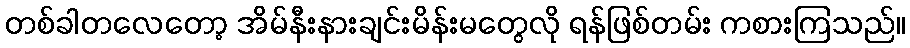
တစ်ခါတလေတော့ အိမ်နီးနားချင်းမိန်းမတွေလို ရန်ဖြစ်တမ်း ကစားကြသည်။